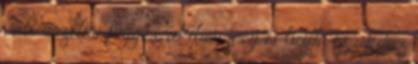
való érzelmi függés, akiben meg is bízik, és akihez